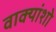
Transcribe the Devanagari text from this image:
वाक्यांशो